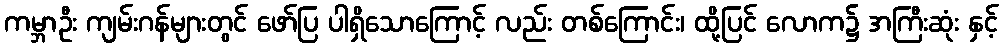
ကမ္ဘာဦး ကျမ်းဂန်များတွင် ဖော်ပြ ပါရှိသောကြောင့် လည်း တစ်ကြောင်း၊ ထို့ပြင် လောက၌ အကြီးဆုံး နှင့်